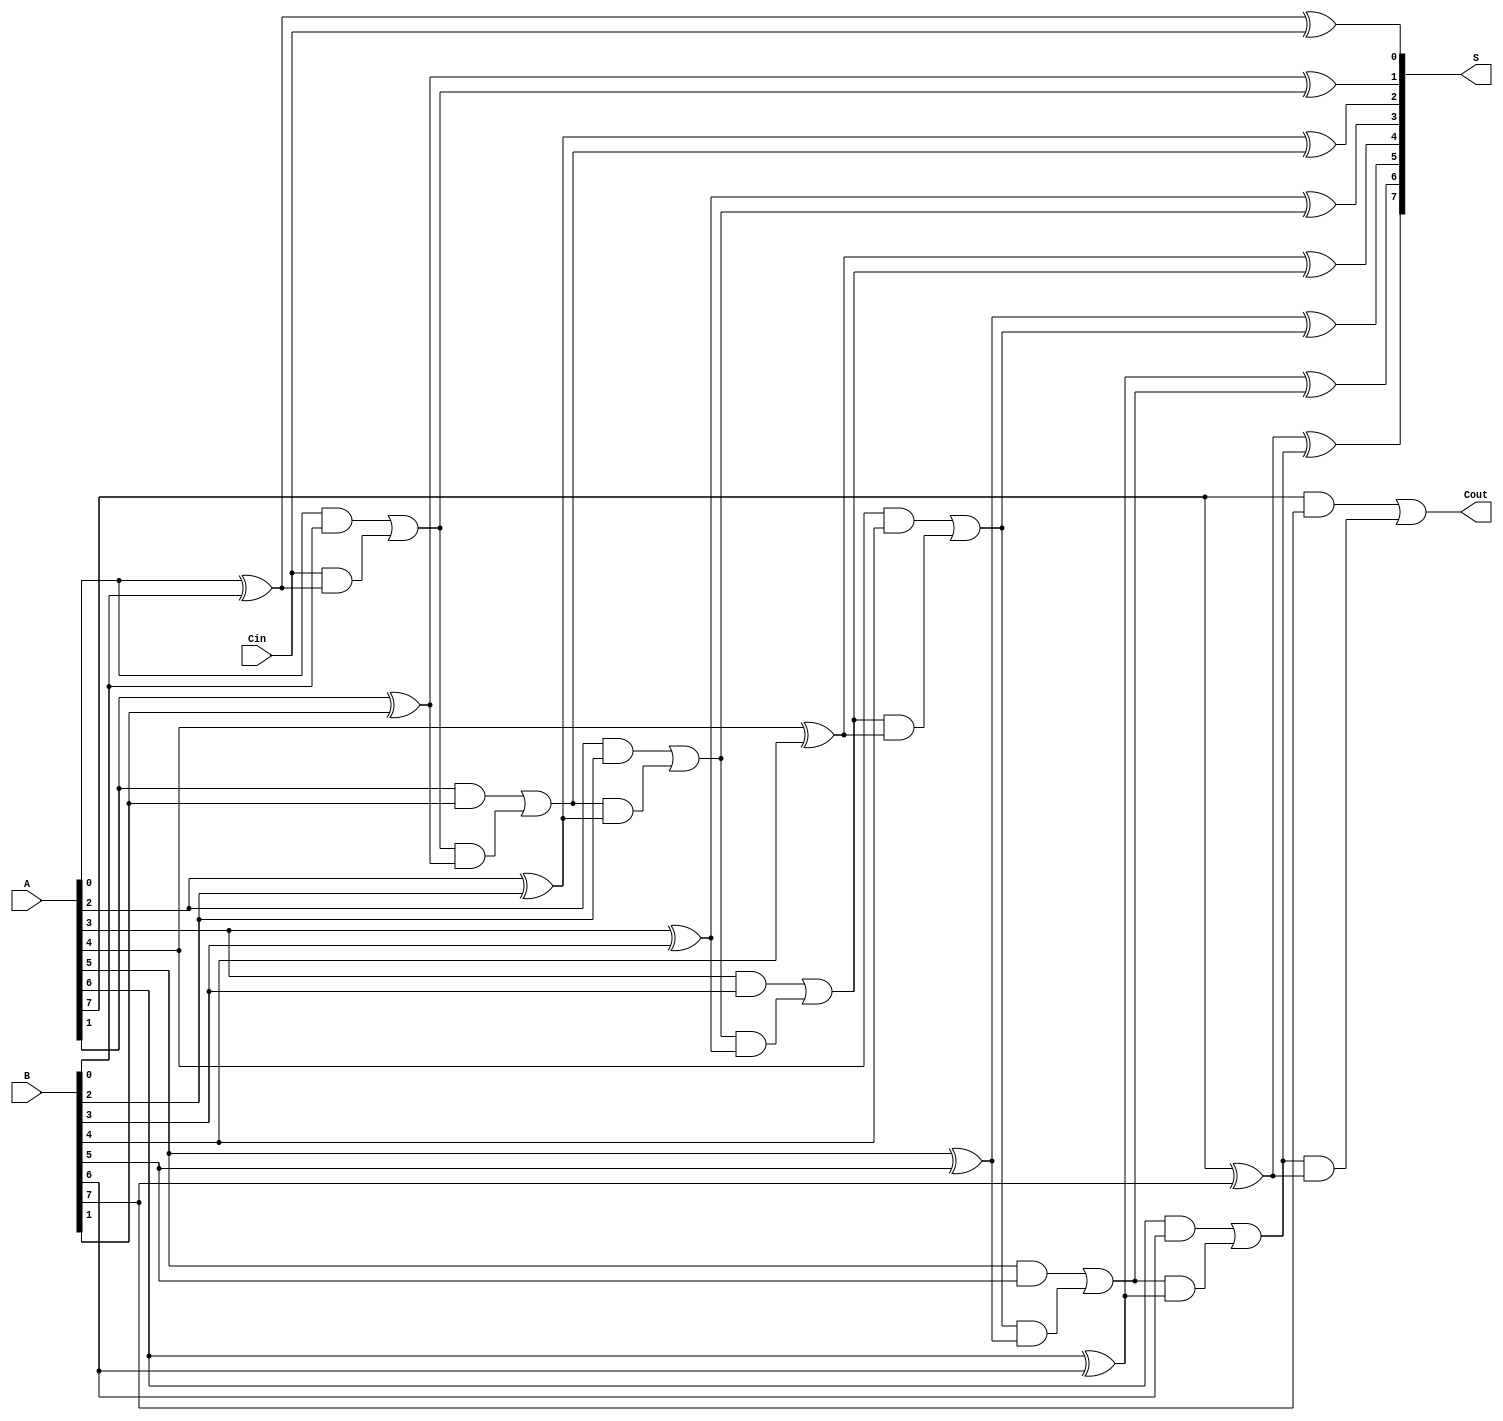
module ManchesterCarryChainAdder #(parameter n = 8) (
    input  wire [n-1:0] A,    // n-bit input A
    input  wire [n-1:0] B,    // n-bit input B
    input  wire Cin,           // Carry-in (optional)
    output wire [n-1:0] S,     // n-bit sum output
    output wire Cout           // Carry-out
);

    wire [n:0] C; // Carry signals, C[n] is the final carry-out

    // Initial carry-in
    assign C[0] = Cin;

    // Generate carry signals and sum outputs
    genvar i;
    generate
        for (i = 0; i < n; i = i + 1) begin : full_adder
            // Carry generation
            assign C[i+1] = (A[i] & B[i]) | (C[i] & (A[i] ^ B[i]));
            // Sum calculation
            assign S[i] = A[i] ^ B[i] ^ C[i];
        end
    endgenerate

    // Final carry-out
    assign Cout = C[n];

endmodule